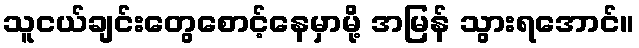
သူငယ်ချင်းတွေစောင့်နေမှာမို့ အမြန် သွားရအောင်။